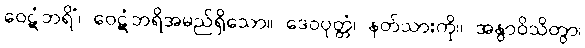
ဝေဋံဘရိံ၊ ဝေဋံဘရိအမည်ရှိသော။ ဒေဝပုတ္တံ၊ နတ်သားကို။ အနွာဝိသိတွာ၊